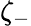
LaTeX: \zeta_{-}